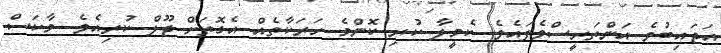
އަޖައިބުވެ އަންތަރީސްވެފައެވެ. ކެމީލާ ކުރި ކޮންމެ ހަރަކާތެއް އެގޮތަށް ޖޫލް ކުރިއެވެ. މާކަސް